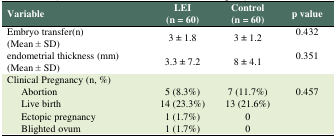
<table><thead><tr><td><b>Variable</b></td><td><b>LEI(n = 60)</b></td><td><b>Control(n = 60)</b></td><td><b>p value</b></td></tr></thead><tbody><tr><td>Embryo transfer(n)(Mean ± SD)</td><td>3 ± 1.8</td><td>3 ±1.2</td><td>0.432</td></tr><tr><td>endometrial thickness (mm)(Mean ± SD)</td><td>3.3 ± 7.2</td><td>8 ± 4.1</td><td>0.351</td></tr><tr><td>Clinical Pregnancy (n, %) </td><td colspan="3"></td></tr><tr><td>Abortion</td><td>5 (8.3%)</td><td>7 (11.7%)</td><td rowspan="4">0.457</td></tr><tr><td>Live birth</td><td>14 (23.3%)</td><td>13 (21.6%)</td></tr><tr><td>Ectopic pregnancy</td><td>1 (1.7%)</td><td>0</td></tr><tr><td>Blighted ovum</td><td>1 (1.7%)</td><td>0</td></tr></tbody></table>